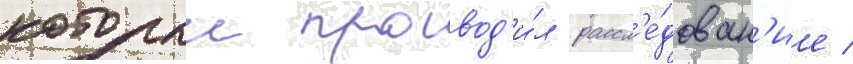
которыи провод'и́л рассл'е́дован'ие /